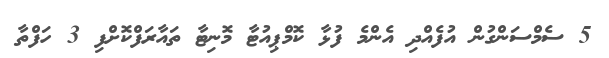
5 ސެމްސަންގުން އުފެއްދި އެންމެ ފުޅާ ކޮމްޕިއުޓާ މޮނިޓާ ތައާރަފްކޮށްފި 3 ހަފްތާ